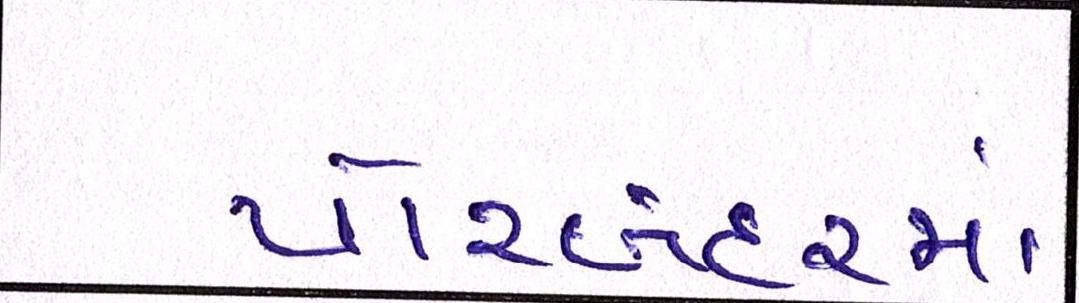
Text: પોરબંદરમાં